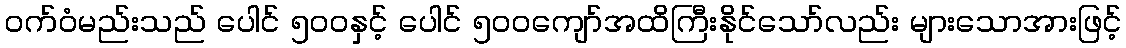
ဝက်ဝံမည်းသည် ပေါင် ၅၀၀နှင့် ပေါင် ၅၀၀ကျော်အထိကြီးနိုင်သော်လည်း များသောအားဖြင့်